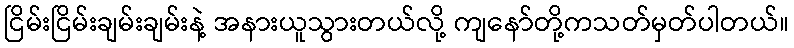
ငြိမ်းငြိမ်းချမ်းချမ်းနဲ့ အနားယူသွားတယ်လို့ ကျနော်တို့ကသတ်မှတ်ပါတယ်။